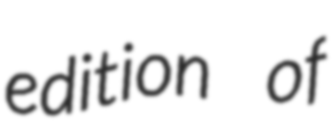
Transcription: edition of